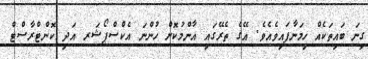
ގިނަ ބައިތަކެއް ހިމަނާފައިވެއެވެ. އޭގެ ތެރޭގައި އާންމުކޮށް ހުންނަ އެކްސްޕޯޝަރ އަދި ކޮންޓްރާސްޓް